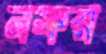
নফর